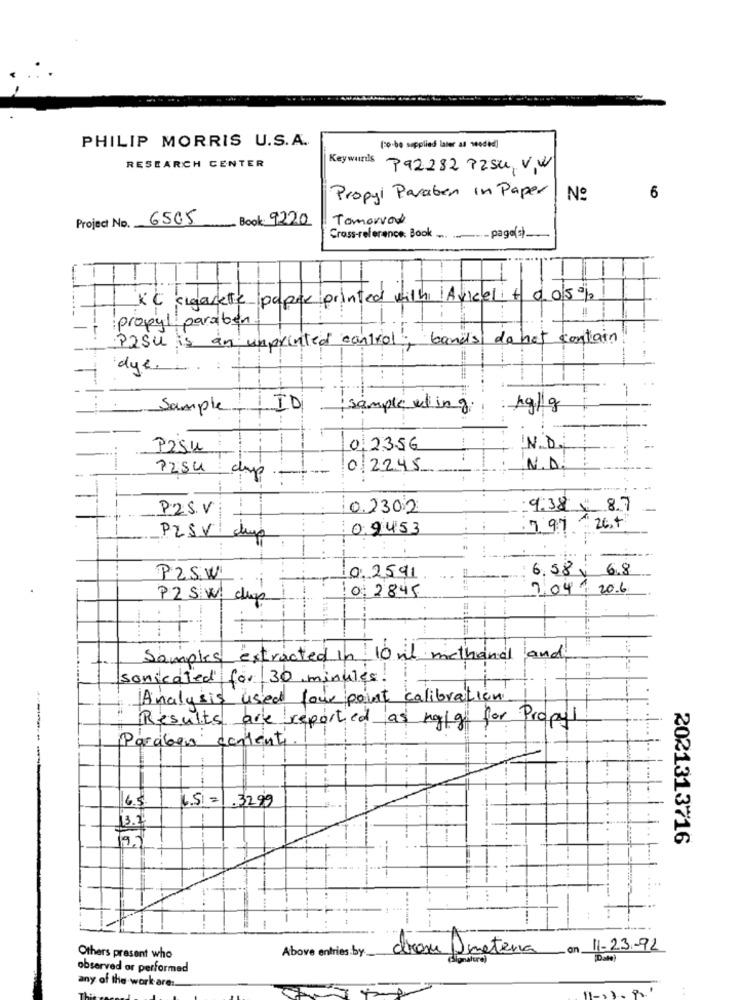
PHILIP MORRIS U.S.A.
(co-be supplied later as needed]
RESEARCH CENTER
Keywurils
792282 P254,VW
Propyl Paraben in Paper
No
6
Project No. 6505
Book: 9220
Tomorrow
Cross-reference: Book .... ...... pago(s).
F
1
KC sigarette paper printed with Avicel t 0. 05%
propyl paraben
PISU is an umprinted control, band's do not contain
dye. ...
Sample
ID
sample el ing.
kg/g
Pasu
0,2356
IN.D.
02245
N.D.
P254 day
-
PZS.V
0.2302
9.38 8.7
-
0.9453
7.97
26.+
PLSV
6.58 , 6.8
PZSW
10.2591
7.04. 2016
PZSW. chop
10: 2845
Samples extracted in 10 mil methand and
sonicaled for 30 minutes.
Analysis used four point calibration
Results are reported as ngig for Propyl
Paralagis contente
6.5 = 32.99
6.5
13.7
2021313716
+.
Above entries by_
drom Dinetena en 11-23-92
Others present who
observed or performed
any of the work are :.